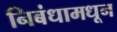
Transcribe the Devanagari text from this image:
निबंधामधून